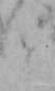
と